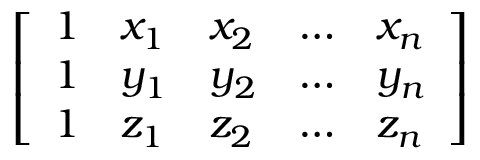
\left[ \begin{array} { l l l l l } { 1 } & { x _ { 1 } } & { x _ { 2 } } & { \dots } & { x _ { n } } \\ { 1 } & { y _ { 1 } } & { y _ { 2 } } & { \dots } & { y _ { n } } \\ { 1 } & { z _ { 1 } } & { z _ { 2 } } & { \dots } & { z _ { n } } \end{array} \right]